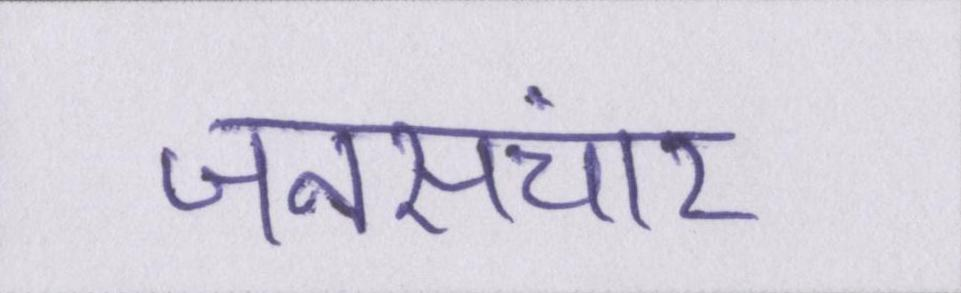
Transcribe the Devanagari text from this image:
जनसंचार